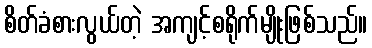
စိတ်ခံစားလွယ်တဲ့ အကျင့်စရိုက်မျိုးဖြစ်သည်။